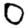
Digit: 0